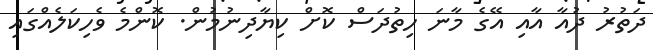
ދަތުރު ދުއާ އާއި އޭގެ މާނަ ހިތުދަސް ކޮށް ކިޔާދިނުމުން. ކޮންމެ ވެހިކަލެއްގައި